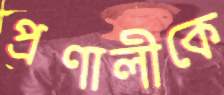
প্রণালীকে